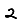
Digit: 2